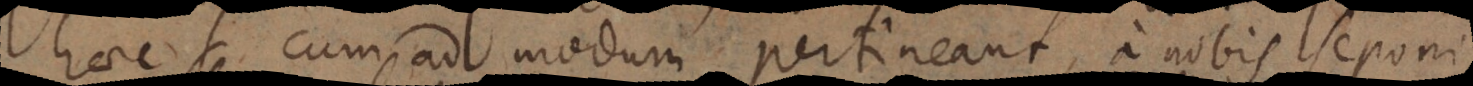
haec cum ad modum pertineant, a nobis seponi